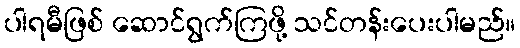
ပါရမီဖြစ် ဆောင်ရွက်ကြဖို့ သင်တန်းပေးပါမည်။